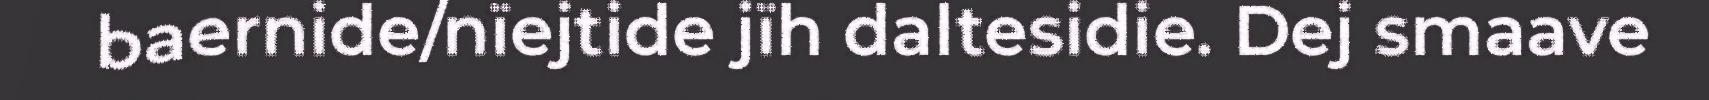
baernide/nïejtide jïh daltesidie. Dej smaave